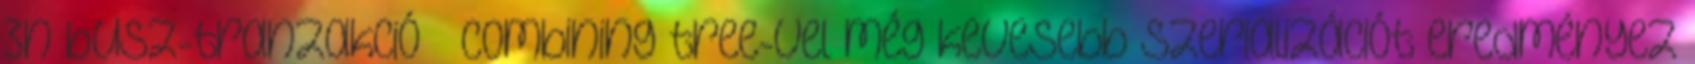
3n busz-tranzakció – Combining tree-vel még kevesebb szerializációt eredményez